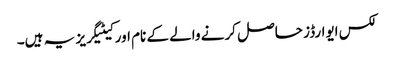
لکس ایوارڈز حاصل کرنے والے کے نام اور کیٹیگریز یہ ہیں۔